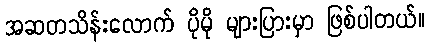
အဆတသိန်းလောက် ပိုမို များပြားမှာ ဖြစ်ပါတယ်။